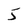
Character: 5